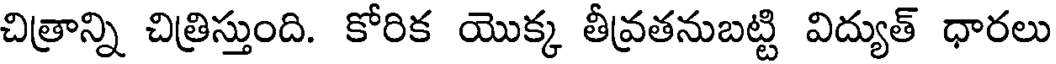
చిత్రాన్ని చిత్రిస్తుంది. కోరిక యొక్క తీవ్రతనుబట్టి విద్యుత్ ధారలు